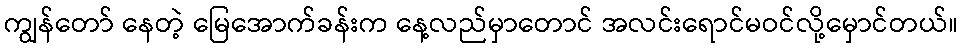
ကျွန်တော် နေတဲ့ မြေအောက်ခန်းက နေ့လည်မှာတောင် အလင်းရောင်မဝင်လို့မှောင်တယ်။